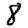
Digit: 8